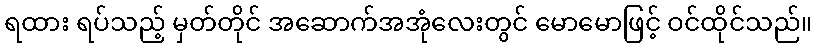
ရထား ရပ်သည့် မှတ်တိုင် အဆောက်အအုံလေးတွင် မောမောဖြင့် ဝင်ထိုင်သည်။